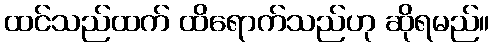
ထင်သည်ထက် ထိရောက်သည်ဟု ဆိုရမည်။